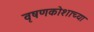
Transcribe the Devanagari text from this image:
वृषणकोशाच्या